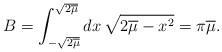
LaTeX: \begin{align*}B = \int_{-\sqrt{2\overline\mu}}^{\sqrt{2\overline\mu}} dx\,\sqrt{2\overline\mu - x^2} = \pi\overline\mu.\end{align*}